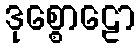
ဒုစ္စောဠော